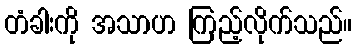
တံခါးကို အသာဟ ကြည့်လိုက်သည်။